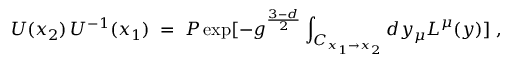
U ( x _ { 2 } ) \, U ^ { - 1 } ( x _ { 1 } ) \; = \; { \cal P } \exp [ - g ^ { \frac { 3 - d } { 2 } } \int _ { C _ { x _ { 1 } \to x _ { 2 } } } d y _ { \mu } L ^ { \mu } ( y ) ] \; ,